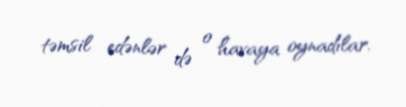
təmsil edənlər də o havaya oynadılar.